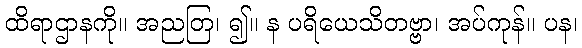
ထိရာဌာနကို။ အညတြ၊ ၍။ န ပရိယေသိတဗ္ဗာ၊ အပ်ကုန်။ ပန၊